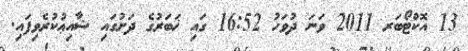
13 އޮކްޓޯބަރ 2011 ވަނަ ދުވަހު 16:52 ގައި ޚަބަރުގެ ދަށުގައި ޝާއިޢުކުރެވިފައި.